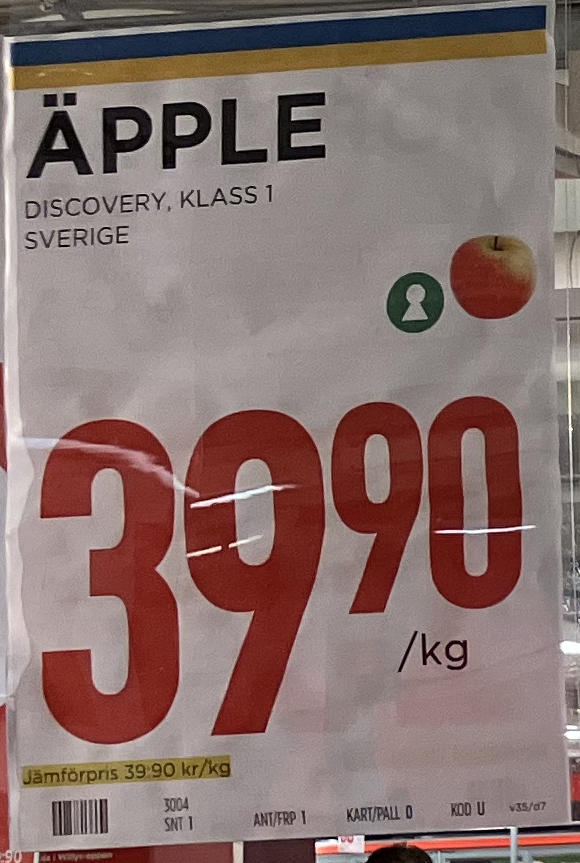
Vara: Äpple
Genomsnittspris: 39.9 per kg